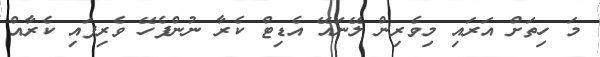
މަ ހިތަށް އަރައި މިވެރިން ލޭނައޭ އެޑިޓް ކެރާ ނުންފެހޭ ވެރިފައި ކެރާއް